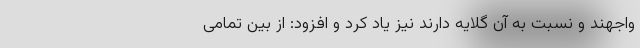
واجهند و نسبت به آن گلایه دارند نیز یاد کرد و افزود: از بین تمامی